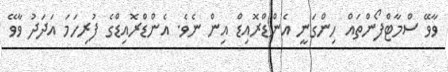
ވާވޭ ސްމާޓްފޯންތައް ހިންގަނީ އެންޑްރޮއިޑް އިން ނެވެ. އެންޑްރޮއިޑްގެ ފުރިހަމަ އަދަދު ވާވޭ